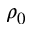
\rho _ { 0 }